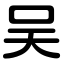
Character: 吴